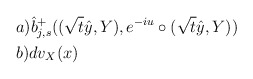
\begin{align*} & a) \hat b_{j,s}^+((\sqrt{t}{\hat y}, Y),e^{-iu}\circ (\sqrt{t}{\hat y}, Y))\\&b) dv_X(x)\end{align*}